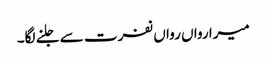
میرا رواں رواں نفرت سے جلنے لگا۔